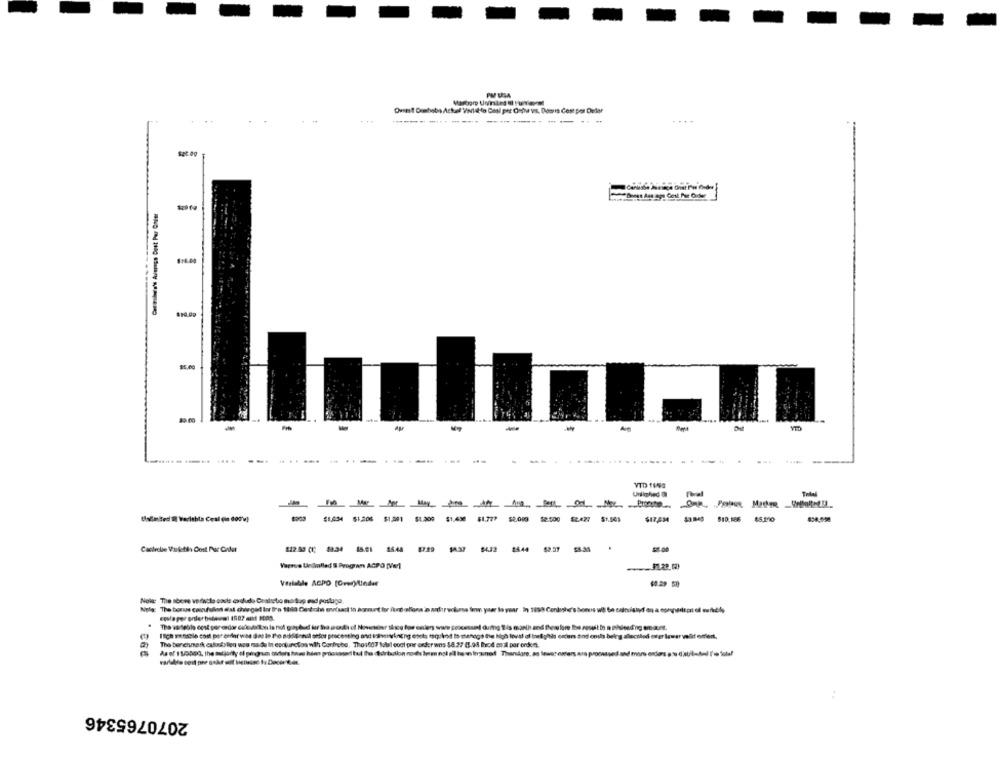
PM USA
Ovant Doshobo Actual Varlık to Call per Orfor vs. Damis Cost per Delar
---------------------
sat øp
A
VID 1158
Unlighed Ol
Tedal
$1.034 $1.208 $1,001 $1.200 $1.430 $1.777 $2.000 $2:500 $2.427 $1.545
SITAM 33840 $10.186 85.270
Castrolie Varleti Cost Pur Coder
94.32
2544
52.57
Variable ACPO [Over)Under
Nowe The above verscle poste escludo Cealusto mo top esd poslugo
The benchmark, caknkylien wou rsa de in conjunction with Corfrobo. Tho:007 Milsl cool pne order was $8.27 83.98 Ihrcd en z por ondee).
2070765346